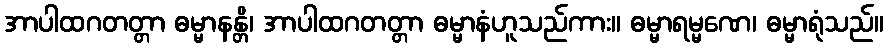
အာပါထဂတတ္တာ ဓမ္မာနန္တိ၊ အာပါထဂတတ္တာ ဓမ္မာနံဟူသည်ကား။ ဓမ္မာရမ္မဏေ၊ ဓမ္မာရုံသည်။